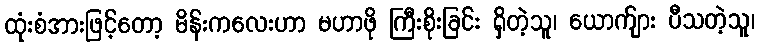
ထုံးစံအားဖြင့်တော့ မိန်းကလေးဟာ မဟာဖို ကြီးစိုးခြင်း ရှိတဲ့သူ၊ ယောက်ျား ပီသတဲ့သူ၊